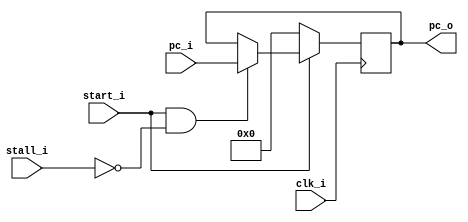
module PC
(
    clk_i,
    // rst_i,
    start_i,
    stall_i,
    pc_i,
    pc_o
);

// Ports
input               clk_i;
// input               rst_i;
input               start_i;
input               stall_i; // 1: stall, 0:continue
input   [31:0]      pc_i;
output  [31:0]      pc_o;

// Wires & Registers
reg     [31:0]      pc_o;

always @(posedge clk_i) begin
    if(start_i==0) begin
        pc_o <= 32'b0;
    end
    else begin
        if(start_i && ~stall_i)
            pc_o <= pc_i;
        else
            pc_o <= pc_o;
    end
end

endmodule